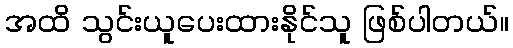
အထိ သွင်းယူပေးထားနိုင်သူ ဖြစ်ပါတယ်။